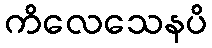
ကိလေသေနပိ